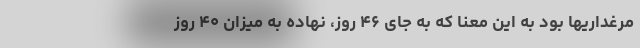
مرغداریها بود به این معنا که به جای ۴۶ روز، نهاده به میزان ۴۰ روز